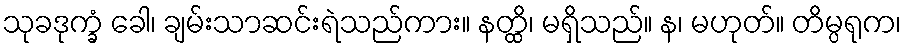
သုခဒုက္ခံ ခေါ၊ ချမ်းသာဆင်းရဲသည်ကား။ နတ္ထိ၊ မရှိသည်။ န၊ မဟုတ်။ တိမ္ပရုက၊